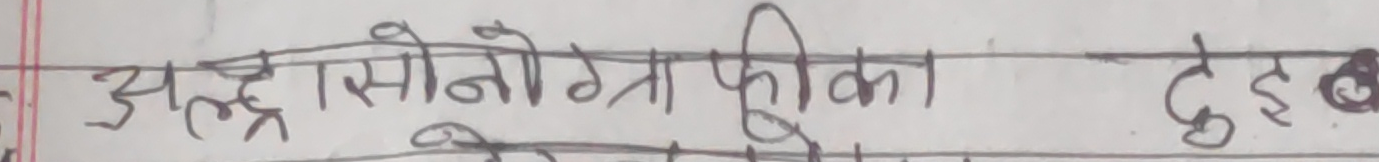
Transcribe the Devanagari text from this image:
अल्ट्रा सोनोग्राफिका दुई वटा